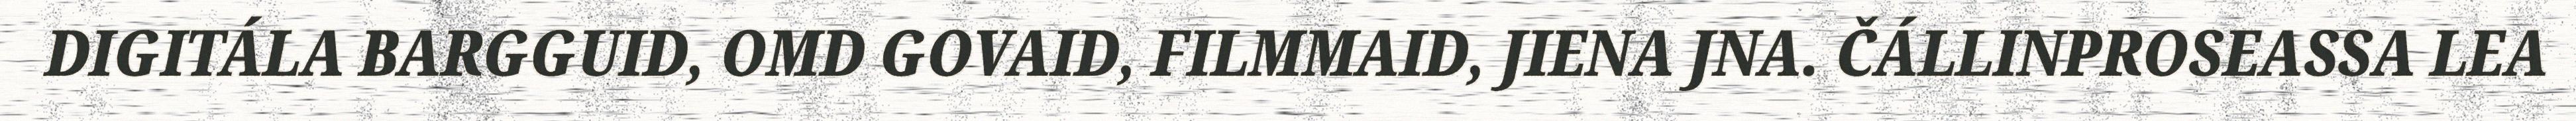
DIGITÁLA BARGGUID, OMD GOVAID, FILMMAID, JIENA JNA. ČÁLLINPROSEASSA LEA